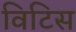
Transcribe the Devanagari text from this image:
विटिस